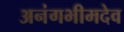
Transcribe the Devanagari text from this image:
अनंगभीमदेव